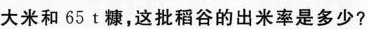
大米和65t糠，这批稻谷的出米率是多少?